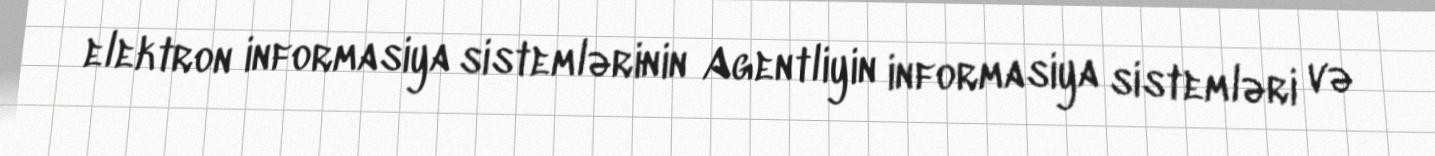
elektron informasiya sistemlərinin Agentliyin informasiya sistemləri və